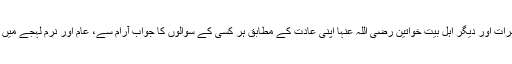
ازواج مطہرات اور دیگر اہل بیت خواتین رضی اللہ عنہا اپنی عادت کے مطابق ہر کسی کے سوالوں کا جواب آرام سے، عام اور نرم لہجے میں دیتی تھیں۔